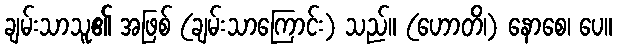
ချမ်းသာသူ၏ အဖြစ် (ချမ်းသာကြောင်း) သည်။ (ဟောတိ၊) နောစေ၊ ပေ။